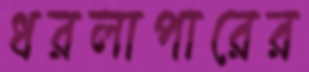
ধরলাপারের